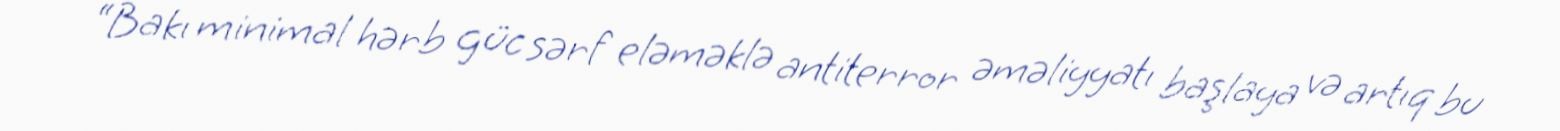
“Bakı minimal hərb güc sərf eləməklə antiterror əməliyyatı başlaya və artıq bu